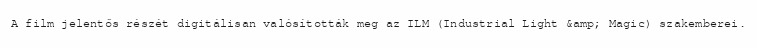
A film jelentős részét digitálisan valósították meg az ILM (Industrial Light &amp; Magic) szakemberei.